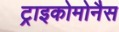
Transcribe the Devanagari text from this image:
ट्राइकोमोनैस